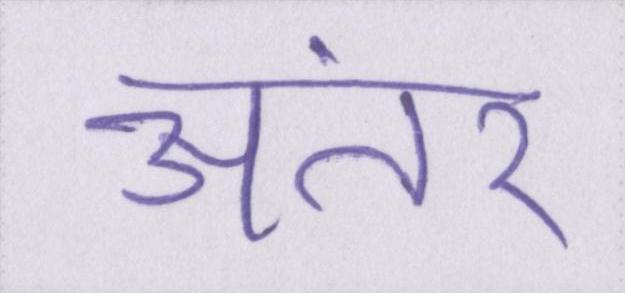
अंतर